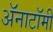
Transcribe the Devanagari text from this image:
अॅनाटॉमी